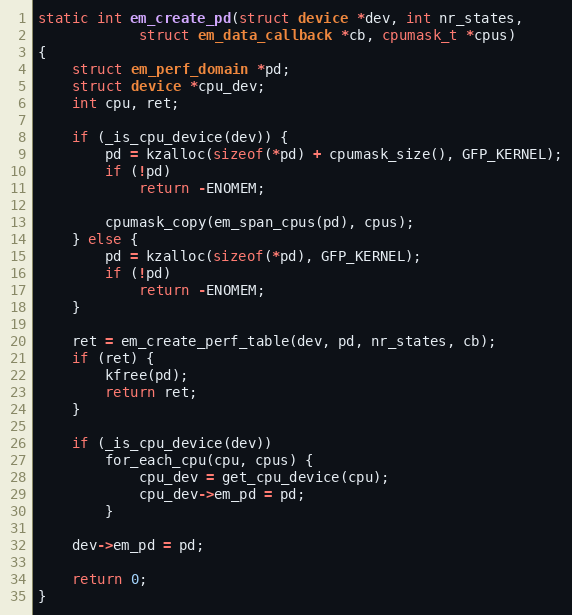
Language: C
static int em_create_pd(struct device *dev, int nr_states,
			struct em_data_callback *cb, cpumask_t *cpus)
{
	struct em_perf_domain *pd;
	struct device *cpu_dev;
	int cpu, ret;

	if (_is_cpu_device(dev)) {
		pd = kzalloc(sizeof(*pd) + cpumask_size(), GFP_KERNEL);
		if (!pd)
			return -ENOMEM;

		cpumask_copy(em_span_cpus(pd), cpus);
	} else {
		pd = kzalloc(sizeof(*pd), GFP_KERNEL);
		if (!pd)
			return -ENOMEM;
	}

	ret = em_create_perf_table(dev, pd, nr_states, cb);
	if (ret) {
		kfree(pd);
		return ret;
	}

	if (_is_cpu_device(dev))
		for_each_cpu(cpu, cpus) {
			cpu_dev = get_cpu_device(cpu);
			cpu_dev->em_pd = pd;
		}

	dev->em_pd = pd;

	return 0;
}